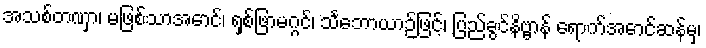
အသစ်တဏှာ၊ မဖြစ်သာအောင်၊ ရှစ်ဖြာမဂ္ဂင်၊ သင်္ဘောယာဉ်ဖြင့်၊ ပြည်ခွင်နိဗ္ဗာန် ရောက်အောင်ဆန်မှ၊